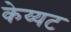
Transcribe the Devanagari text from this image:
केय्यट